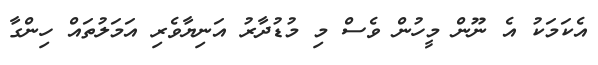
އެކަމަކު އެ ނޫން މީހުން ވެސް މި މުޑުދާރު އަނިޔާވެރި އަމަލުތައް ހިންގާ